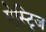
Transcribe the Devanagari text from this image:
ऐस्ट्रिज